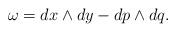
LaTeX: \begin{gather*}\omega=dx\wedge dy-dp\wedge dq.\end{gather*}